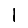
Digit: 1